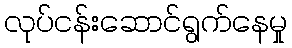
လုပ်ငန်းဆောင်ရွက်နေမှု